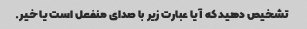
تشخیص دهید که آیا عبارت زیر با صدای منفعل است یا خیر.